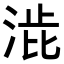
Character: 𭰱